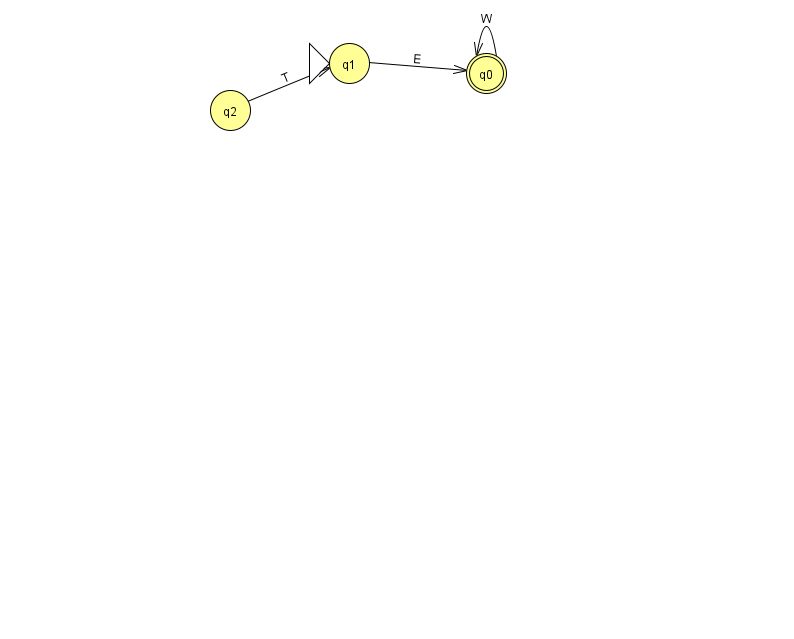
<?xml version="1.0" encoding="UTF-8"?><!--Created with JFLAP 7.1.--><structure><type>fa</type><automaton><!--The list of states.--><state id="0" name="q0"><x>486.0</x><y>60.0</y><final/></state><state id="1" name="q1"><x>349.0</x><y>50.0</y><initial/></state><state id="2" name="q2"><x>230.0</x><y>97.0</y></state><!--The list of transitions.--><transition><from>0</from><to>0</to><read>W</read></transition><transition><from>2</from><to>1</to><read>T</read></transition><transition><from>1</from><to>0</to><read>E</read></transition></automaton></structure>